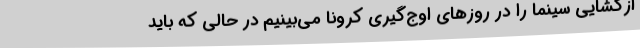
ازگشایی سینما را در روزهای اوج‌گیری کرونا می‌بینیم در حالی که باید